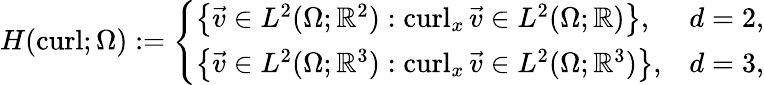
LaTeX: H(\operatorname{curl};\Omega):=\left\{ \begin{array}{ll}{\left\{ \vec{v}\in L^{2}(\Omega;\mathbb R^{2}):\operatorname{curl}_{x}\vec{v}\in L^{2}(\Omega;\mathbb R)\right\} ,}&{d=2,}\\ {\left\{ \vec{v}\in L^{2}(\Omega;\mathbb R^{3}):\operatorname{curl}_{x}\vec{v}\in L^{2}(\Omega;\mathbb R^{3})\right\} ,}&{d=3,}\end{array}\right.